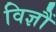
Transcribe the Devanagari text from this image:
विज्ञौं